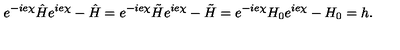
e ^ { - i e \chi } \hat { H } e ^ { i e \chi } - \hat { H } = e ^ { - i e \chi } \tilde { H } e ^ { i e \chi } - \tilde { H } = e ^ { - i e \chi } H _ { 0 } e ^ { i e \chi } - H _ { 0 } = h .